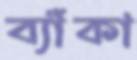
ব্যাঁকা